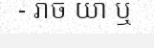
- រ៉ាច យ៉ា ឬ